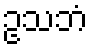
ဥသဘံ